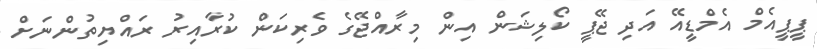
ޕީޕީއެމް އެމްޑީއޭ އަދި ޖޭޕީ ކޯލިޝަން އިން މިރާއްޖޭގެ ވެރިކަން ކުރާއިރު ރައްޔިތުންނަށް